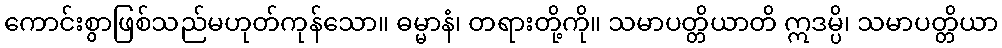
ကောင်းစွာဖြစ်သည်မဟုတ်ကုန်သော။ ဓမ္မာနံ၊ တရားတို့ကို။ သမာပတ္တိယာတိ ဣဒမ္ပိ၊ သမာပတ္တိယာ